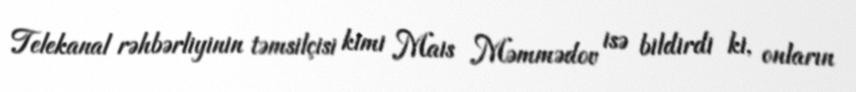
Telekanal rəhbərliyinin təmsilçisi kimi Mais Məmmədov isə bildirdi ki, onların